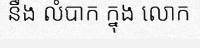
នឹង លំបាក ក្នុង លោក